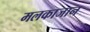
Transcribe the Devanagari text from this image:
मलकाजान